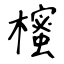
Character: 櫁